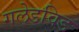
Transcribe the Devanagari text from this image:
गलेडविड